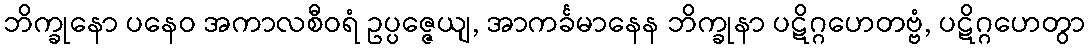
ဘိက္ခုနော ပနေဝ အကာလစီဝရံ ဥပ္ပဇ္ဇေယျ, အာကင်္ခမာနေန ဘိက္ခုနာ ပဋိဂ္ဂဟေတဗ္ဗံ, ပဋိဂ္ဂဟေတွာ